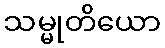
သမ္မုတိယော